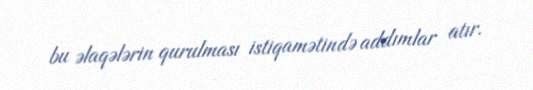
bu əlaqələrin qurulması istiqamətində addımlar atır.